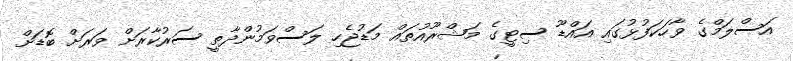
އަސްލަމްގެ ވާހަކަފުޅުގައި އައްޑޫ ސިޓީގެ މަޝްރޫއުތައް މަޑުޖެހި ލަސްވަމުންދާތީ ސަރުކާރަށް ވަރަށް ބޮޑަށް